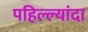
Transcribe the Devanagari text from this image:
पहिल्ल्यांदा